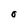
Character: O